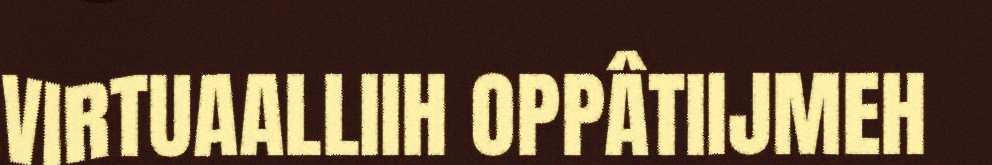
VIRTUAALLIIH OPPÂTIIJMEH